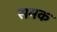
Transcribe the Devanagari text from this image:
समक